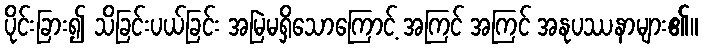
ပိုင်းခြား၍ သိခြင်းပယ်ခြင်း အမြဲမရှိသောကြောင့် အကြင် အကြင် အနုပဿနာများ၏။